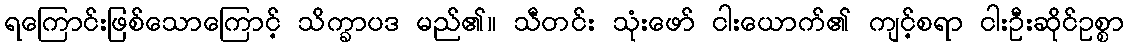
ရကြောင်းဖြစ်သောကြောင့် သိက္ခာပဒ မည်၏။ သီတင်း သုံးဖော် ငါးယောက်၏ ကျင့်စရာ ငါးဦးဆိုင်ဥစ္စာ